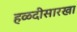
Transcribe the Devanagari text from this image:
हळदीसारखा